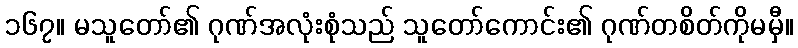
၁၆၇။ မသူတော်၏ ဂုဏ်အလုံးစုံသည် သူတော်ကောင်း၏ ဂုဏ်တစိတ်ကိုမမှီ။